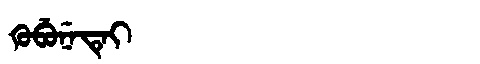
Manchu: ᡴᡠᠪᡠᠨᡝᡨᡝᡳ
Romanization: KUBUNETEI